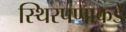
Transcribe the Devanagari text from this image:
स्थिरपणाकडे